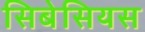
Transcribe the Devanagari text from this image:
सिबेसियस